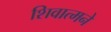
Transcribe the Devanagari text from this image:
शिवात्मने